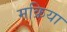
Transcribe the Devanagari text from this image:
मक्रिया